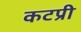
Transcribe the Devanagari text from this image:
कटप्री